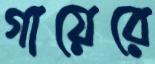
গায়েরে